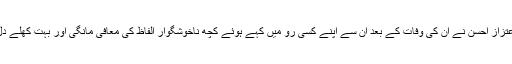
مجھے بہت خوشی ہے کہ برادرم اعتزاز احسن نے ان کی وفات کے بعد ان سے اپنے کسی رو میں کہے ہوئے کچھ ناخوشگوار الفاظ کی معافی مانگی اور بہت کھلے دل سے ان کی خدمات کا اعتراف کیا۔